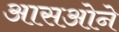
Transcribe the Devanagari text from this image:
आसओने